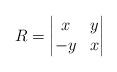
LaTeX: \begin{align*}R=\begin{vmatrix}x & y\\-y & x\\\end{vmatrix}\end{align*}